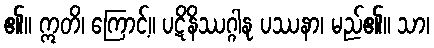
၏။ ဣတိ၊ ကြောင့်။ ပဋိနိဿဂ္ဂါနု ပဿနာ၊ မည်၏။ သာ၊